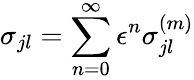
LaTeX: \sigma_{jl}=\sum_{n=0}^{\infty}\epsilon^{n}\sigma_{jl}^{(m)}